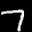
Label: 7